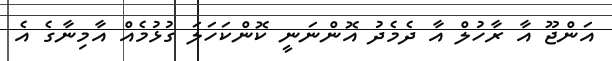
އަންޖޫ އާ ރާހުލް އާ ދެމެދު އޮންނަނީ ކޮންކަހަލަ ގުޅުމެއް އާމިނާގެ އެ